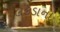
લકડાના